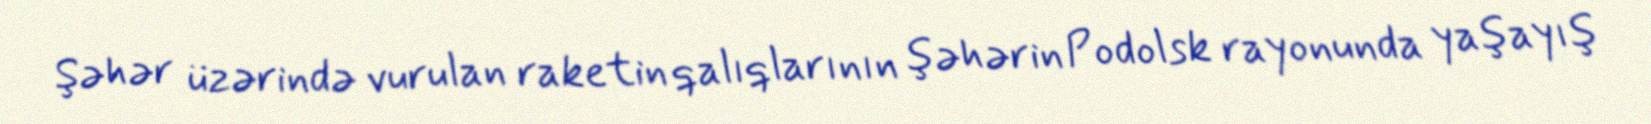
Şəhər üzərində vurulan raketin qalıqlarının şəhərin Podolsk rayonunda yaşayış